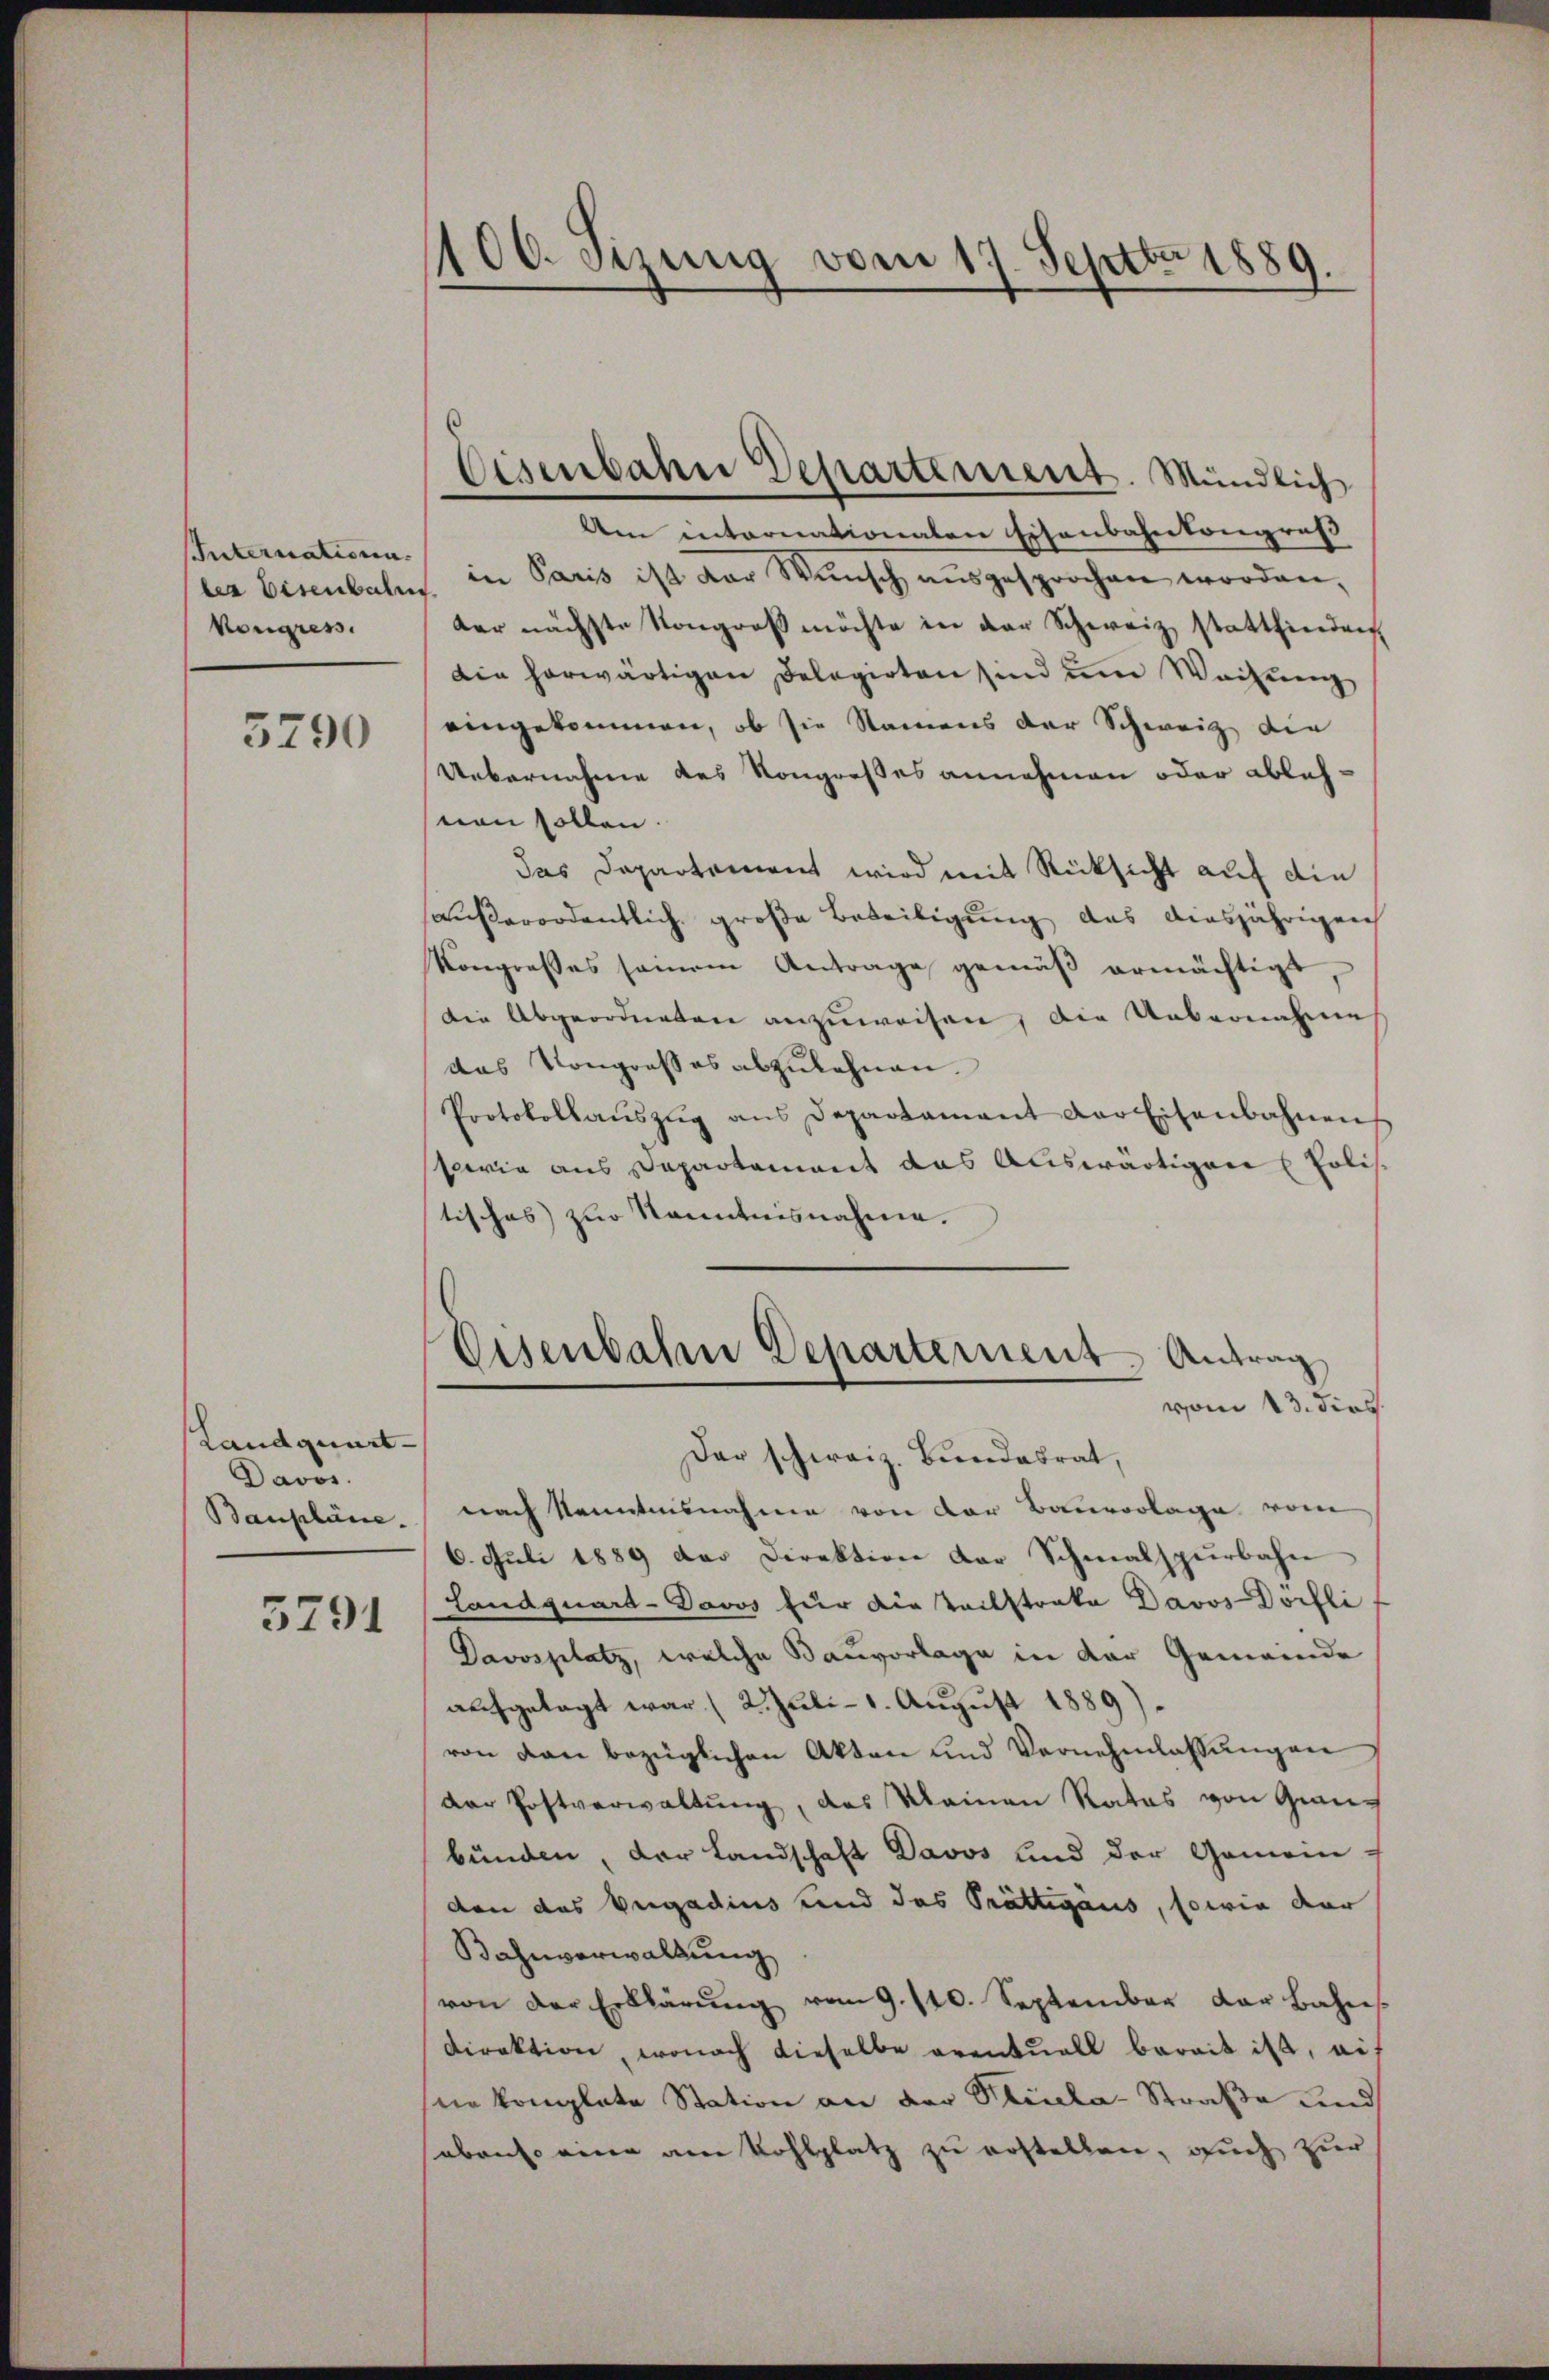
Internationen.
bea Eisenbahn
Vongress

5790

Landquart-
Davos.
Baupläne.

5791

100. sezung vom 17. Septbr 1889.

Eisenbahn Departement. Mündlich

Aen internationaten Eisenbahnkongruß
in Paris ist der Wŭnsch aŭsgesprochen worden,
der nächste Kongroβ möchte in der Schweiz stattfinden
Die herwärtigen Delegirten sind um Weisung
eingekommen, ob sie Namens der Schweiz die
Uebernahme des Kongreßes annehmen oder ablehnen sollen.
das Departement wird mit Rücksicht auf die
außerordentlich große Beteiligung das diesjährigen
Kongresses seinem Antrage gemäß ermächtigt,
Die Abgeordneten anzuweisen, die Uebernahme
das Kongrosses abzulehnen.
Protokollaŭszŭg ans Departamant der Eisenbahnen
sowie aus Departement das Auswärtigen Poli
tisches zur Kenntnisnahme.
Eisenbahn Departement Antrag
vom 13. dies
Der schweiz. Bundesrat,
nach Kenntnisnahme von der Bauvorlage vom
6. Juli 1889 der Direktion der Schmalspurbahn
Landquart-Davos für dietailstrata Davos Dorfli
Davosplatz, welche Bauvorlage in der Gemeinde
aufgelegt war. (2. Juli - 1. August 1889).
von von bezüglichen Akten und Vernehmlassungen
der Postverwaltung, das Meinen Rates von Graubünden, der Landschaft Davos und der Gemein-
don das begadius und das Prättigaus, sowie dar
Bahnverwaltung
von der Erklärŭng vom 9. 110. September der Bahne
Direktion, wonach dieselbe eventuell bereit ist, auf
ne komplete Station an der Stiula-Straße und
abenso eine am Kohlplatz zu erstellen, auch zur